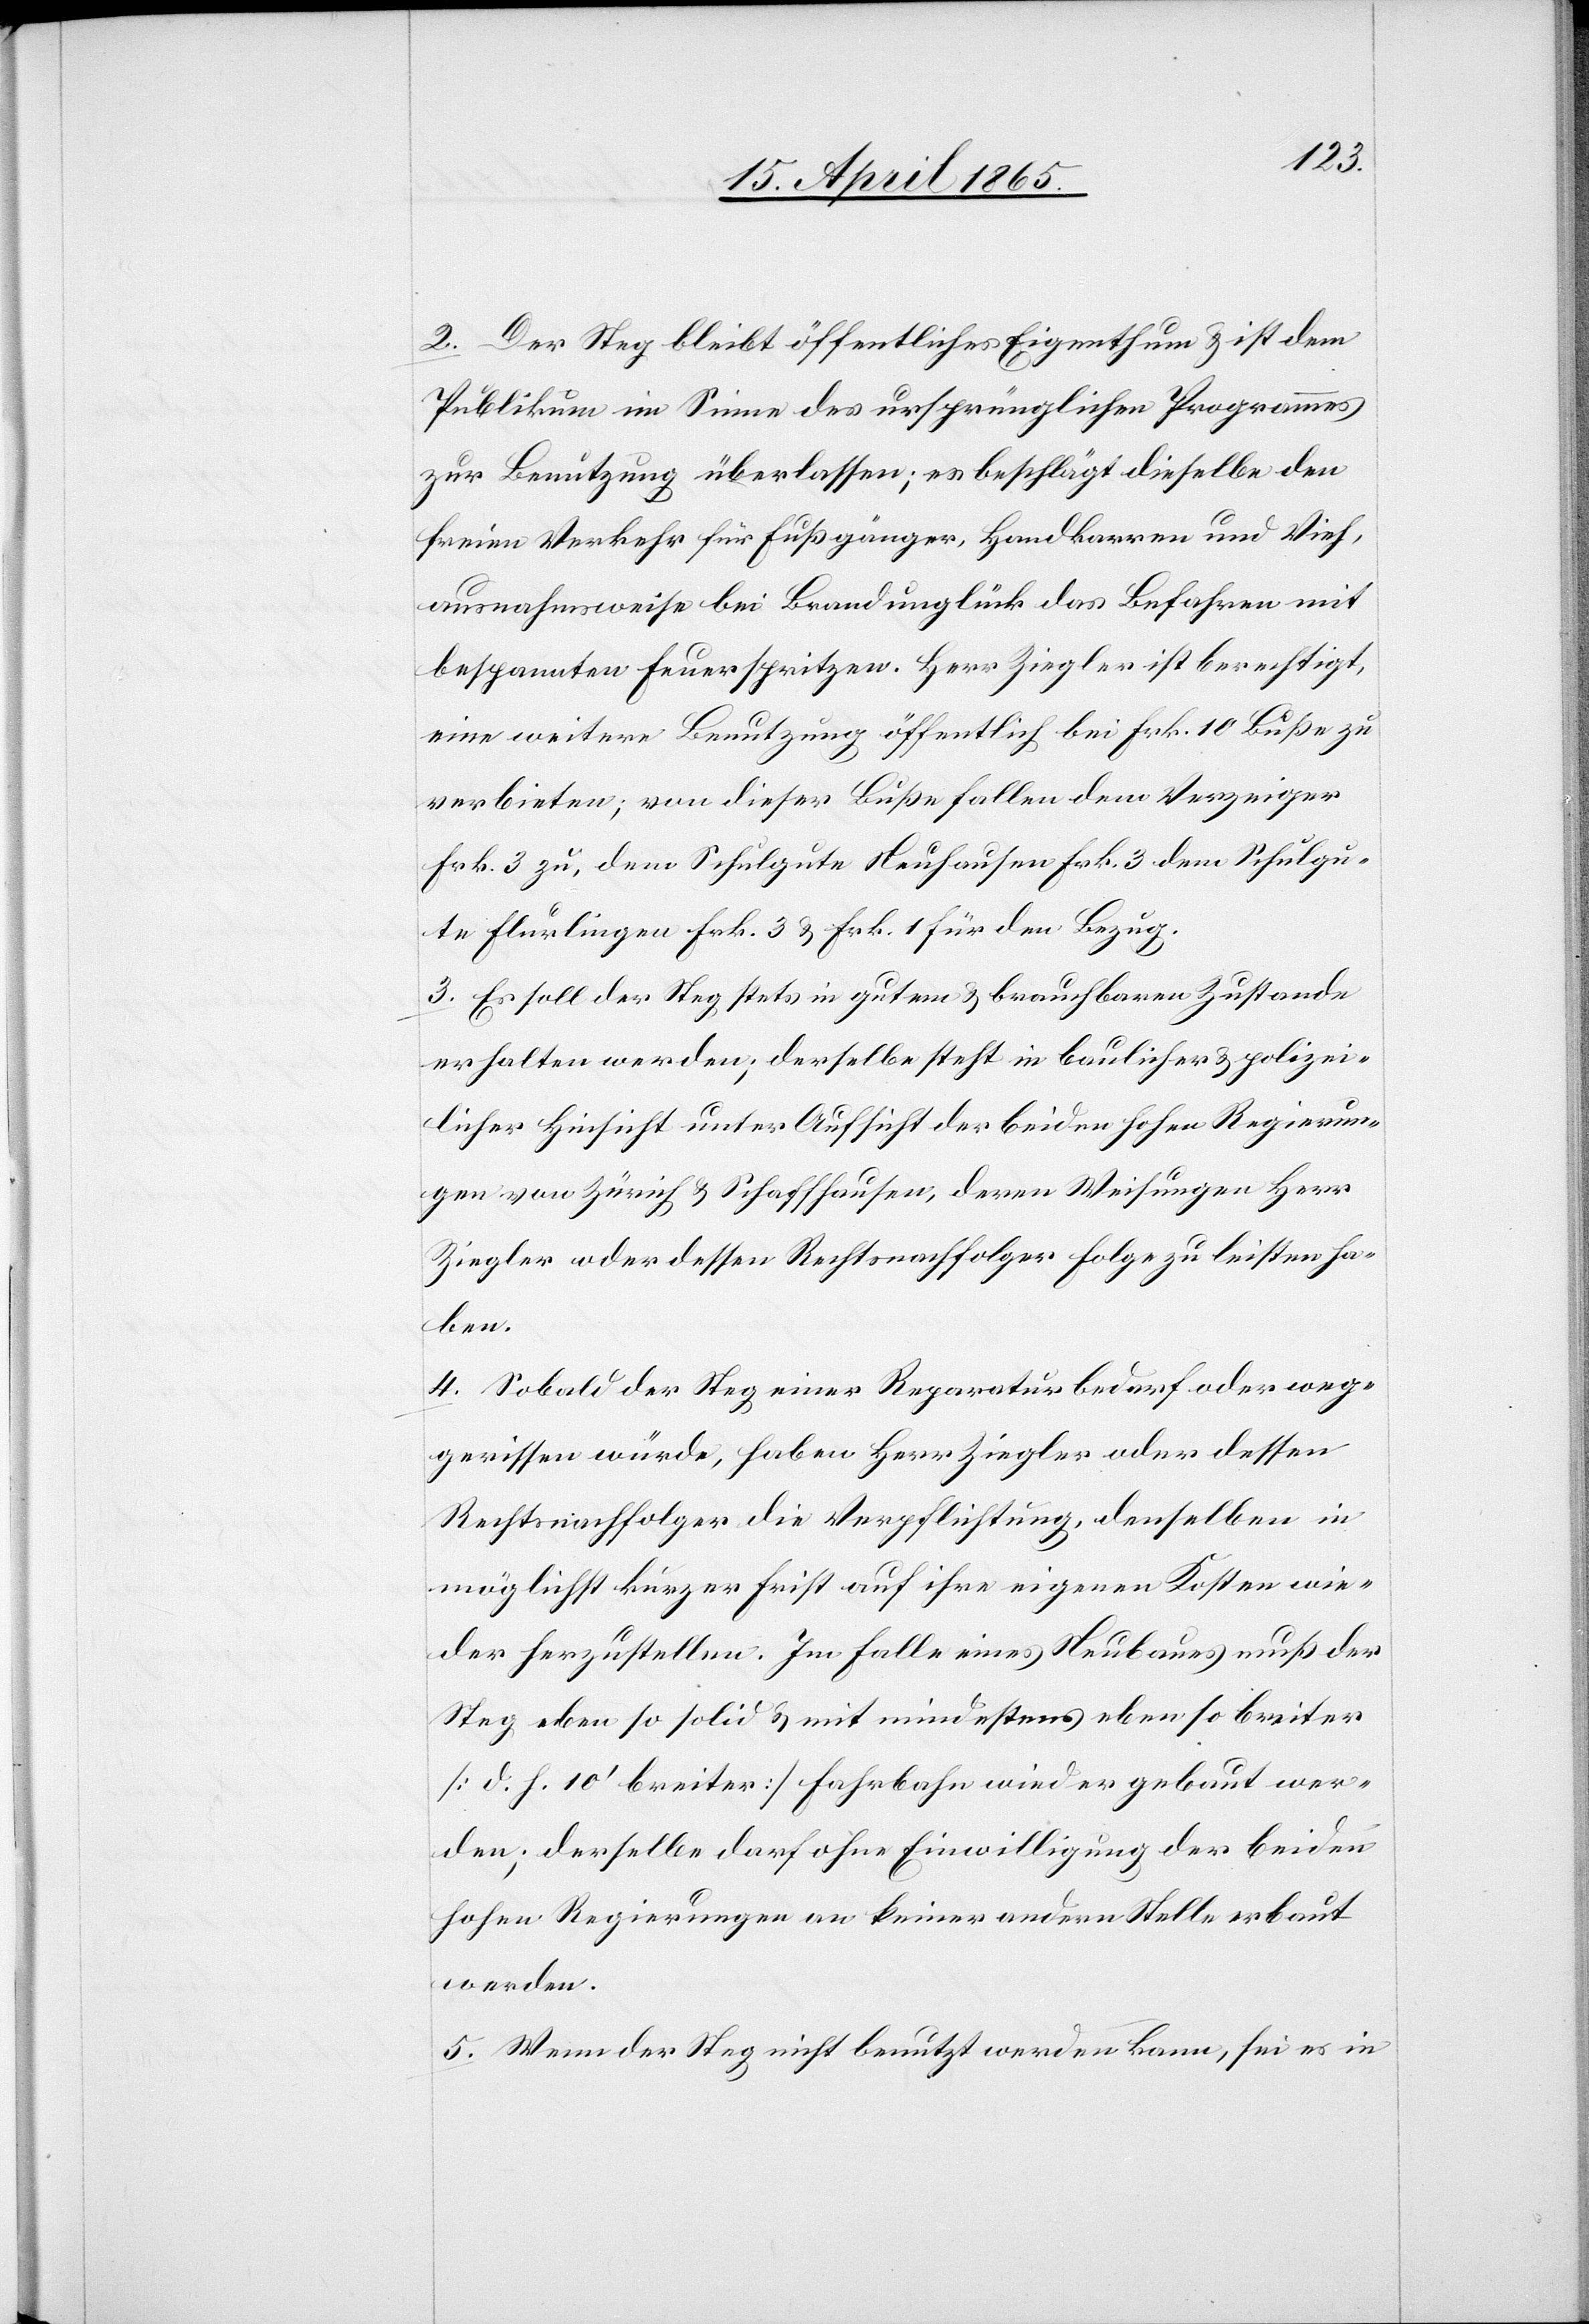
2. Der Steg bleibt öffentliches Eigenthum & ist dem
Publikum im Sinne des ursprünglichen Programmes
zur Benutzung überlassen; es beschlägt dieselbe den
freien Verkehr für Fußgänger, Handbarren und Vieh,
ausnahmsweise bei Brandunglück das Befahren mit
bespannten Feuerspritzen. Herr Ziegler ist berechtigt,
eine weitere Benutzung öffentlich bei Frk. 10 Buße zu
verbieten; von dieser Buße fallen dem Verzeiger
Frk. 3 zu, dem Schulgute Neuhausen Frk. 3[,] dem Schulgu¬
te Flurlingen Frk. 3 & Frk. 1 für den Bezug.
3. Es soll der Steg stets in gutem & brauchbaren [sic!] Zustande
erhalten werden; derselbe steht in baulicher & polizei¬
licher Hinsicht unter Aufsicht der beiden hohen Regierun¬
gen von Zürich & Schaffhausen, deren Weisungen Herr
Ziegler oder dessen Rechtsnachfolger Folge zu leisten ha¬
ben.
4. Sobald der Steg einer Reparatur bedarf oder weg¬
gerissen würde, haben Herr Ziegler oder dessen
Rechtsnachfolger die Verpflichtung, denselben in
möglichst kurzer Frist auf ihre eigenen Kosten wie¬
der herzustellen. Im Falle eines Neubaues muß der
Steg eben so solid & mit mindestens eben so breiter
[d. h. 10’ breiter] Fahrbahn wieder gebaut wer¬
den; derselbe darf ohne Einwilligung der beiden
hohen Regierungen an keiner andern Stelle erbaut
werden.
5. Wenn der Steg nicht benutzt werden kann, sei es in